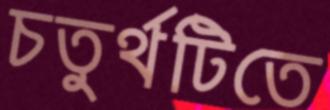
চতুর্থটিতে